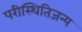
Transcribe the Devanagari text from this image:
परीस्थितिजन्य